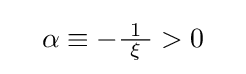
\quad \alpha \equiv -{\tfrac {1}{\ \xi \ }}>0\quad